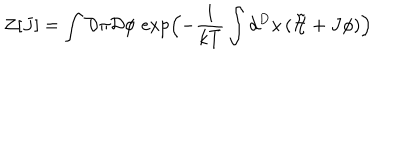
LaTeX: { \cal Z } \lbrack J \rbrack = \int { \cal D } \pi { \cal D } \phi \, \exp \Bigl ( - \frac { 1 } { k T } \int d ^ { D } x \, ( { \tilde { { \cal H } } } + J \phi ) \Bigr )